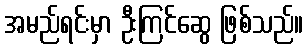
အမည်ရင်းမှာ ဦးကြင်ဆွေ ဖြစ်သည်။